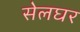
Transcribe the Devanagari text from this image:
सेलघर